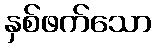
နှစ်ဖက်သော